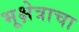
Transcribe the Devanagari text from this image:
भूक्षेत्राचा